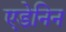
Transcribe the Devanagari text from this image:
एडेनिन